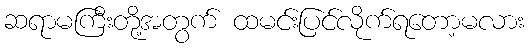
ဆရာမကြီးတို့အတွက် ထမင်းပြင်လိုက်ရတော့မလား